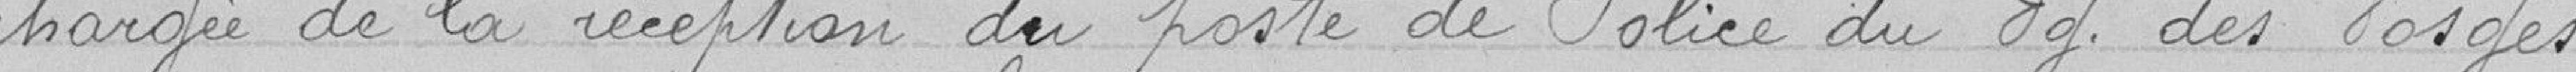
chargée de la réception du poste de Police du Faubourg des Vosges.